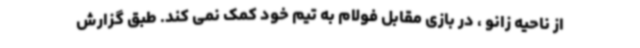
از ناحیه زانو ، در بازی مقابل فولام به تیم خود کمک نمی کند. طبق گزارش